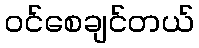
ဝင်စေချင်တယ်